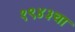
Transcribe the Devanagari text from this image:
१९४३चा